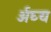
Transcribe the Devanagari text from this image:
र्अघ्य